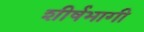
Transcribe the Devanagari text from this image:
शीर्षभागी